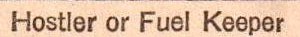
Hostler or Fuel Keeper